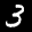
Label: 3